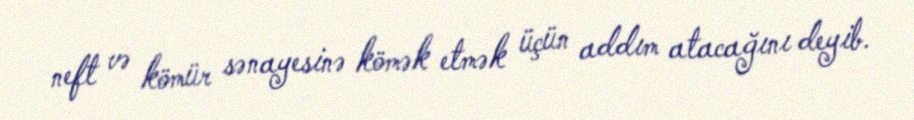
neft və kömür sənayesinə kömək etmək üçün addım atacağını deyib.